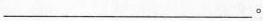
___。